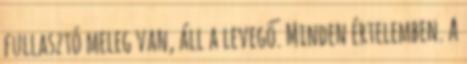
fullasztó meleg van, áll a levegő. Minden értelemben. A